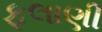
ફલાણી